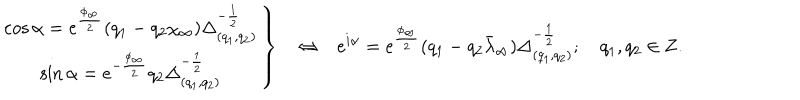
LaTeX: \left. \begin{matrix} { { \cos \alpha = e ^ { \frac { \phi _ { \infty } } { 2 } } ( q _ { 1 } - q _ { 2 } \chi _ { \infty } ) \Delta _ { ( q _ { 1 } , q _ { 2 } ) } ^ { - { \frac { 1 } { 2 } } } } } \\ { { \sin \alpha = e ^ { - { \frac { \phi _ { \infty } } { 2 } } } q _ { 2 } \Delta _ { ( q _ { 1 } , q _ { 2 } ) } ^ { - { \frac { 1 } { 2 } } } } } \\ \end{matrix} \right\} \ \ \ \Leftrightarrow \ \ \ e ^ { i \alpha } = e ^ { \frac { \phi _ { \infty } } { 2 } } ( q _ { 1 } - q _ { 2 } \bar { \lambda } _ { \infty } ) \Delta _ { ( q _ { 1 } , q _ { 2 } ) } ^ { - { \frac { 1 } { 2 } } } ; q _ { 1 } , q _ { 2 } \in { \bf Z } .